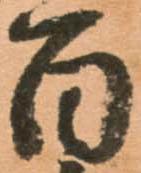
百